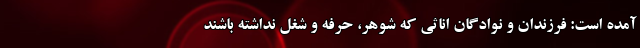
آمده است: فرزندان و نوادگان اناثی که شوهر، حرفه و شغل نداشته باشند